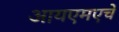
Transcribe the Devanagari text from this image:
आयएमएचे